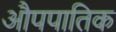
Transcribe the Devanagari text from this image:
औपपातिक